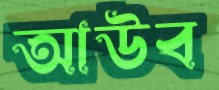
আউব